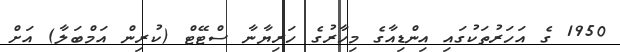
1950 ގެ އަހަރުތަކުގައި އިންޑިއާގެ މިހާރުގެ ހަރިޔާނާ ސްޓޭޓް (ކުރިން އަމްބަލާ) އަށް